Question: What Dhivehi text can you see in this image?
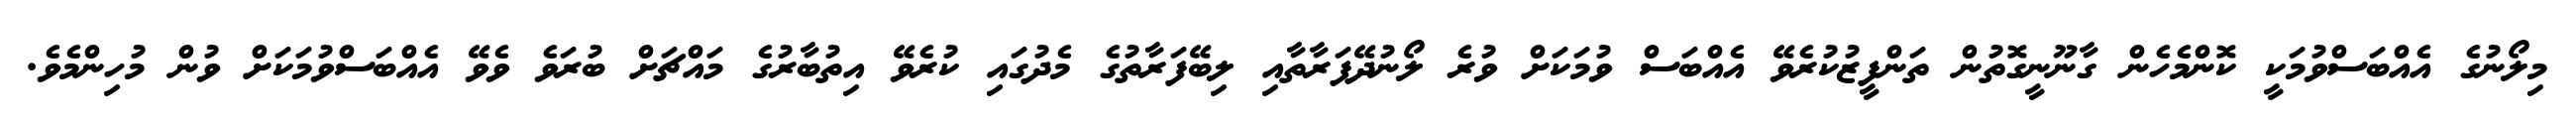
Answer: މިލޯނުގެ އެއްބަސްވުމަކީ ކޮންމެހެން ގާނޫނީގޮތުން ތަންފީޒުކުރެވޭ އެއްބަސް ވުމަކަށް ވުރެ ލޯނުދޭފަރާތާއި ލިބޭފަރާތުގެ މެދުގައި ކުރެވޭ އިތުބާރުގެ މައްޗަށް ބުރަވެ ވެވޭ އެއްބަސްވުމަކަށް ވުން މުހިންމެވެ.